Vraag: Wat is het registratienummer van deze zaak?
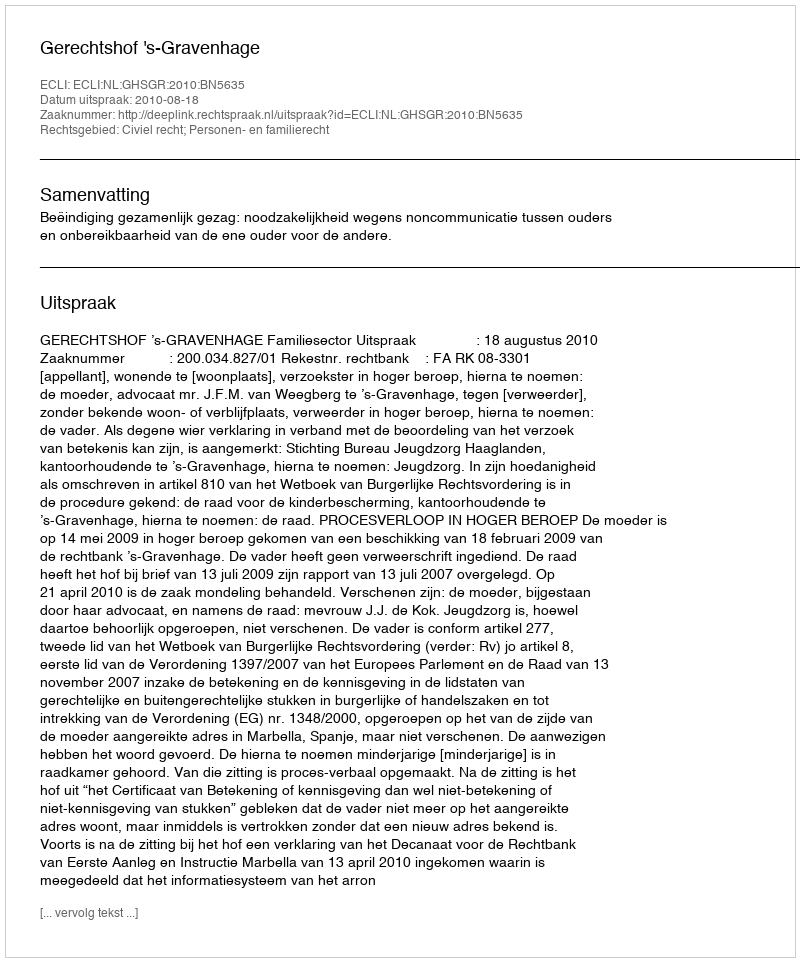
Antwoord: http://deeplink.rechtspraak.nl/uitspraak?id=ECLI:NL:GHSGR:2010:BN5635